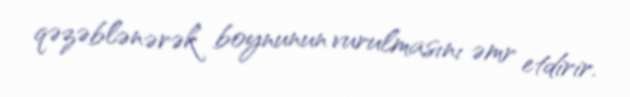
qəzəblənərək boynunun vurulmasını əmr etdirir.